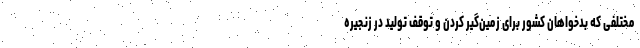
مختلفی که بدخواهان کشور برای زمین‌گیر کردن و توقف تولید در زنجیره